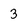
Character: 3